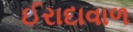
ઈરાદાવાળ